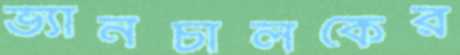
ভ্যানচালকের